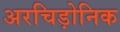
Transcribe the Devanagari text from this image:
अरचिड़ोनिक